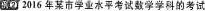
例22016年某市学重水平考试数学学科的考试